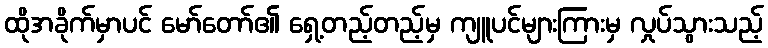
ထိုအခိုက်မှာပင် မော်တော်၏ ရှေ့တည့်တည့်မှ ကျူပင်များကြားမှ လှုပ်သွားသည့်